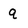
Character: q